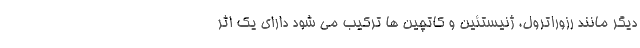
دیگر مانند رزوراترول، ژنیستئین و کاتچین ها ترکیب می شود دارای یک اثر